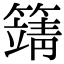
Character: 𥴰